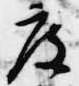
度